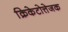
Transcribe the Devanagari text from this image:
क्रिकेटोत्तेजक